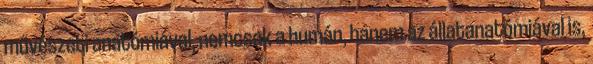
művészeti anatómiával, nemcsak a humán, hanem az állatanatómiával is,